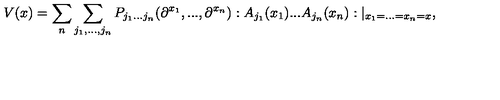
V ( x ) = \sum _ { n } \sum _ { j _ { 1 } , . . . , j _ { n } } P _ { j _ { 1 } . . . j _ { n } } ( \partial ^ { x _ { 1 } } , . . . , \partial ^ { x _ { n } } ) : A _ { j _ { 1 } } ( x _ { 1 } ) . . . A _ { j _ { n } } ( x _ { n } ) : | _ { x _ { 1 } = . . . = x _ { n } = x } ,